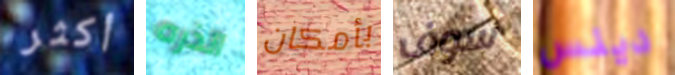
أكثر الذره بأمكان سوف دينس